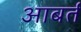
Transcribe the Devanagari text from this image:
आबर्त